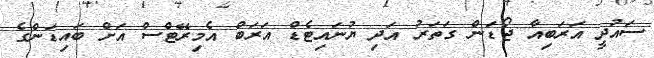
ސައުދީ އަރަބިއާ ޖޯޑަން ގަތަރު އަދި ޔުނައިޓެޑް އަރަބް އެމިރޭޓްސް އަށް ބައިޑަންގެ